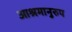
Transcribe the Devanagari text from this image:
आश्रमानुरुप